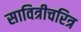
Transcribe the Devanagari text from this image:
सावित्रीचरित्र